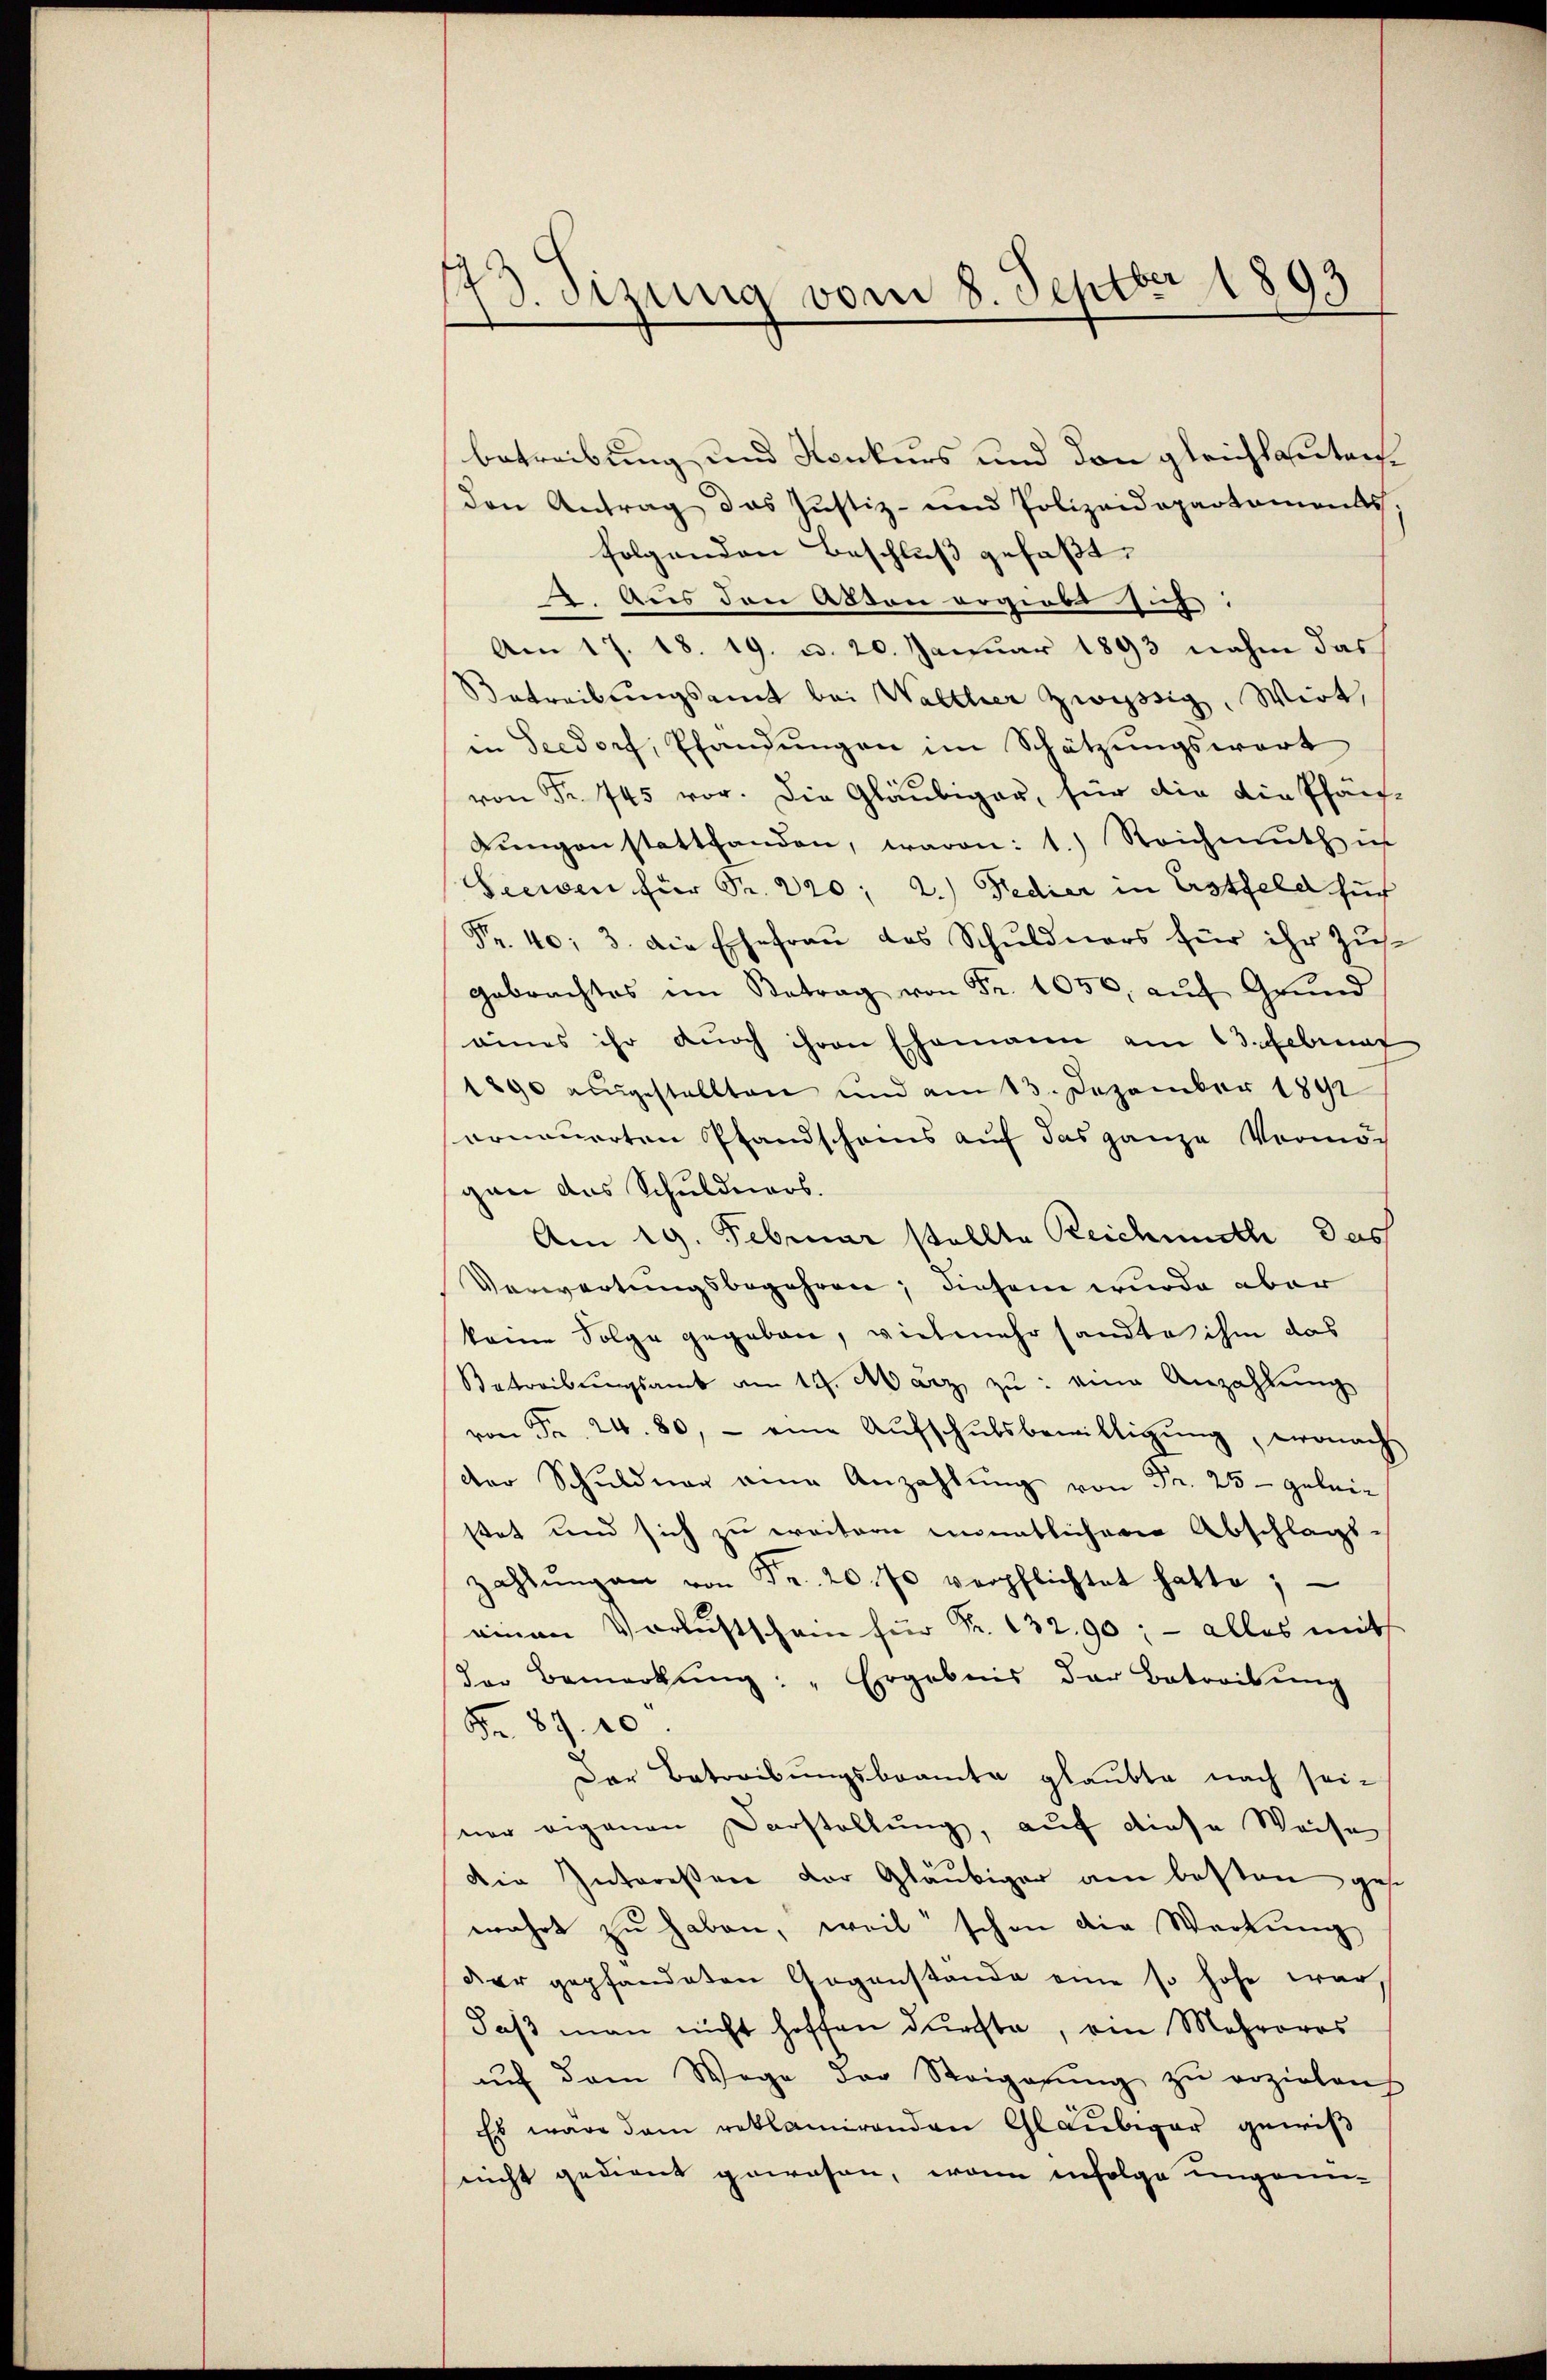
173. Sizung vom 8. Septbr 1893

betreibung und Konkurs und den gleichlautenden Antrag das Justiz- und Polizeidepartaments
folgenden Beschluß gefaßt,
2. Aus den Aston ergiebt sich
Am 17. 18. 19. d. 20. Januar 1893 nahm das
Betreibungsamt bei Walther zwyssig, Wirt,
in Seedorf, Pfandungen im Schätzungswort
von Fr. 745 vor. Die Gläubiger, für die die Pfäf¬
Lŭngen stattfanden, waren: 1.) Reichmuth ich
Seewen für Sr. 220; 2.) Fedier in Erstfeld such
Fr. 40: 3. die Ehefrau des Schuldners für ihr Zus
gebrachtes im Betrag von Fr. 1050, aŭf Grŭnd
eines ihr durch ihren Ehemann am 13. Februar
1890 ausgestellten und am 13. Dezember 1892
nonauerten Pfandschams auf das ganze Vermöch
gan das Schuldners.
Am 19. Februar stellte Reichnisch das
Verwartungsbegehren; diesem wurde aber
keine Folge gegeben, vielmehr sandte ihm das
Betreibungsamt am 19. März zu eine Anzahlung
von Fr. 24. 80, - eine Aŭfschŭlsbewilligŭng, wonach
der Schuldner eine Anzahlŭng von Fr. 25 - geleistet und sich zu weitern monatlicherer Abschlags-
zahlŭng an von Fr. 20. 70 verpflichtet hatte,
einen Verlustschein für Fr. 132,90; - alles mit
der Bemerkŭng: „Ergebnis der Betreitŭng
Fr. 89. 10
Der Betreibungsbeamte glaubte nach sei-
ner eigenen Darstellung, auf diese Weise
Die Interessen der Gläubiger am besten gese
wahrt zu haben, weil schon die Werkung
der gepfandeten Gegenstande eine so hohe war
Jaß man nicht hoffen dürfte, am Mehreros
aŭf dem Wege der Steigerŭng zŭ erziehen
Es wäre dann reklamirenden Gläubiger gewiß
nicht gedient gewesen, wenn infolge ungenen